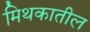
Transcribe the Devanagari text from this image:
मिथकातील